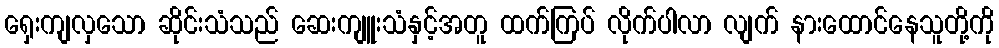
ရှေးကျလှသော ဆိုင်းသံသည် ဆေးကျူးသံနှင့်အတူ ထက်ကြပ် လိုက်ပါလာ လျက် နားထောင်နေသူတို့ကို